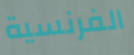
الفرنسية